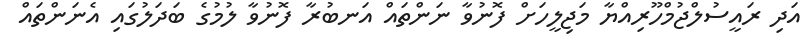
އަދި ރައީސުލްޖުމްހޫރިއްޔާ މަޖިލީހަށް ފޮނުވާ ނަންތައް އަނބުރާ ފޮނުވާ ލުމުގެ ބަދަލުގައި އެނަންތައް